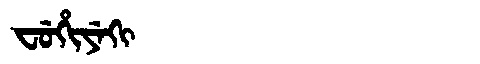
Manchu: ᠸᡠᡥᡳᠶᡝᡴᡳ
Romanization: FUHIYEKI